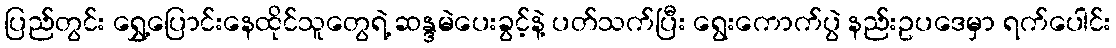
ပြည်တွင်း ရွှေ့ပြောင်းနေထိုင်သူတွေရဲ့ ဆန္ဒမဲပေးခွင့်နဲ့ ပတ်သက်ပြီး ရွေးကောက်ပွဲ နည်းဥပဒေမှာ ရက်ပေါင်း